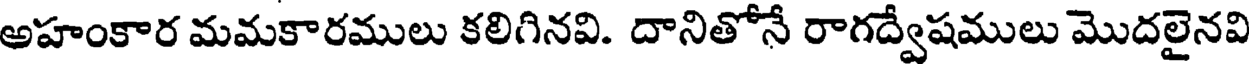
అహంకార మమకారములు కలిగినవి. దానితోనే రాగద్వేషములు మొదలైనవి